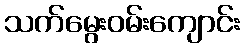
သက်မွေးဝမ်းကျောင်း